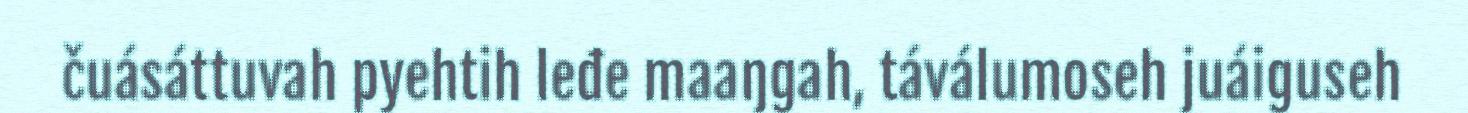
čuásáttuvah pyehtih leđe maaŋgah, táválumoseh juáiguseh